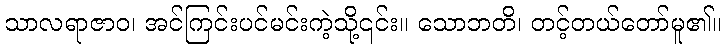
သာလရာဇာဝ၊ အင်ကြင်းပင်မင်းကဲ့သို့၎င်း။ သောဘတိ၊ တင့်တယ်တော်မူ၏။